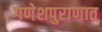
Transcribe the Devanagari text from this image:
गणेशपुराणात